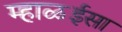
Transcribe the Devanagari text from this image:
म्हाळईसा